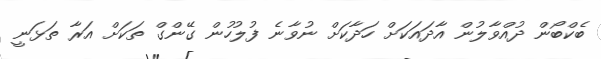
ބެކްބޯން ދުއްވާލުން އާދައަކަށް ހަދާކަށް ނުވާނެ ފުލުހުން ގޭންގް ތަކަށް އަރާ ތަޅަނީ